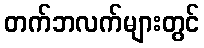
တက်ဘလက်များတွင်